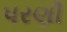
પરણી